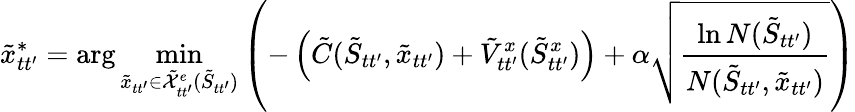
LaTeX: \tilde{x}_{tt^{\prime}}^{*}=\arg\operatorname*{min}_{\tilde{x}_{tt^{\prime}}\in\tilde{\mathcal{X}}_{tt^{\prime}}^{e}(\tilde{S}_{tt^{\prime}})}\left(-\left(\tilde{C}(\tilde{S}_{tt^{\prime}},\tilde{x}_{tt^{\prime}})+\tilde{V}_{tt^{\prime}}^{x}(\tilde{S}_{tt^{\prime}}^{x})\right)+\alpha\sqrt{\frac{\ln N(\tilde{S}_{tt^{\prime}})}{N(\tilde{S}_{tt^{\prime}},\tilde{x}_{tt^{\prime}})}}\right)